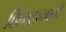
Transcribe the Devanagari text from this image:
छिंगहायाची